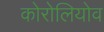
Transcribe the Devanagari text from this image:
कोरोलियोव